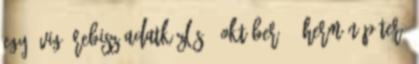
egy évig? Rebisz adatközlés - október 23 Hermán Péter: